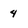
Character: 4